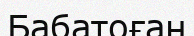
Бабатоған